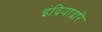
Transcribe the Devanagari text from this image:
इंद्रियाद्वारे